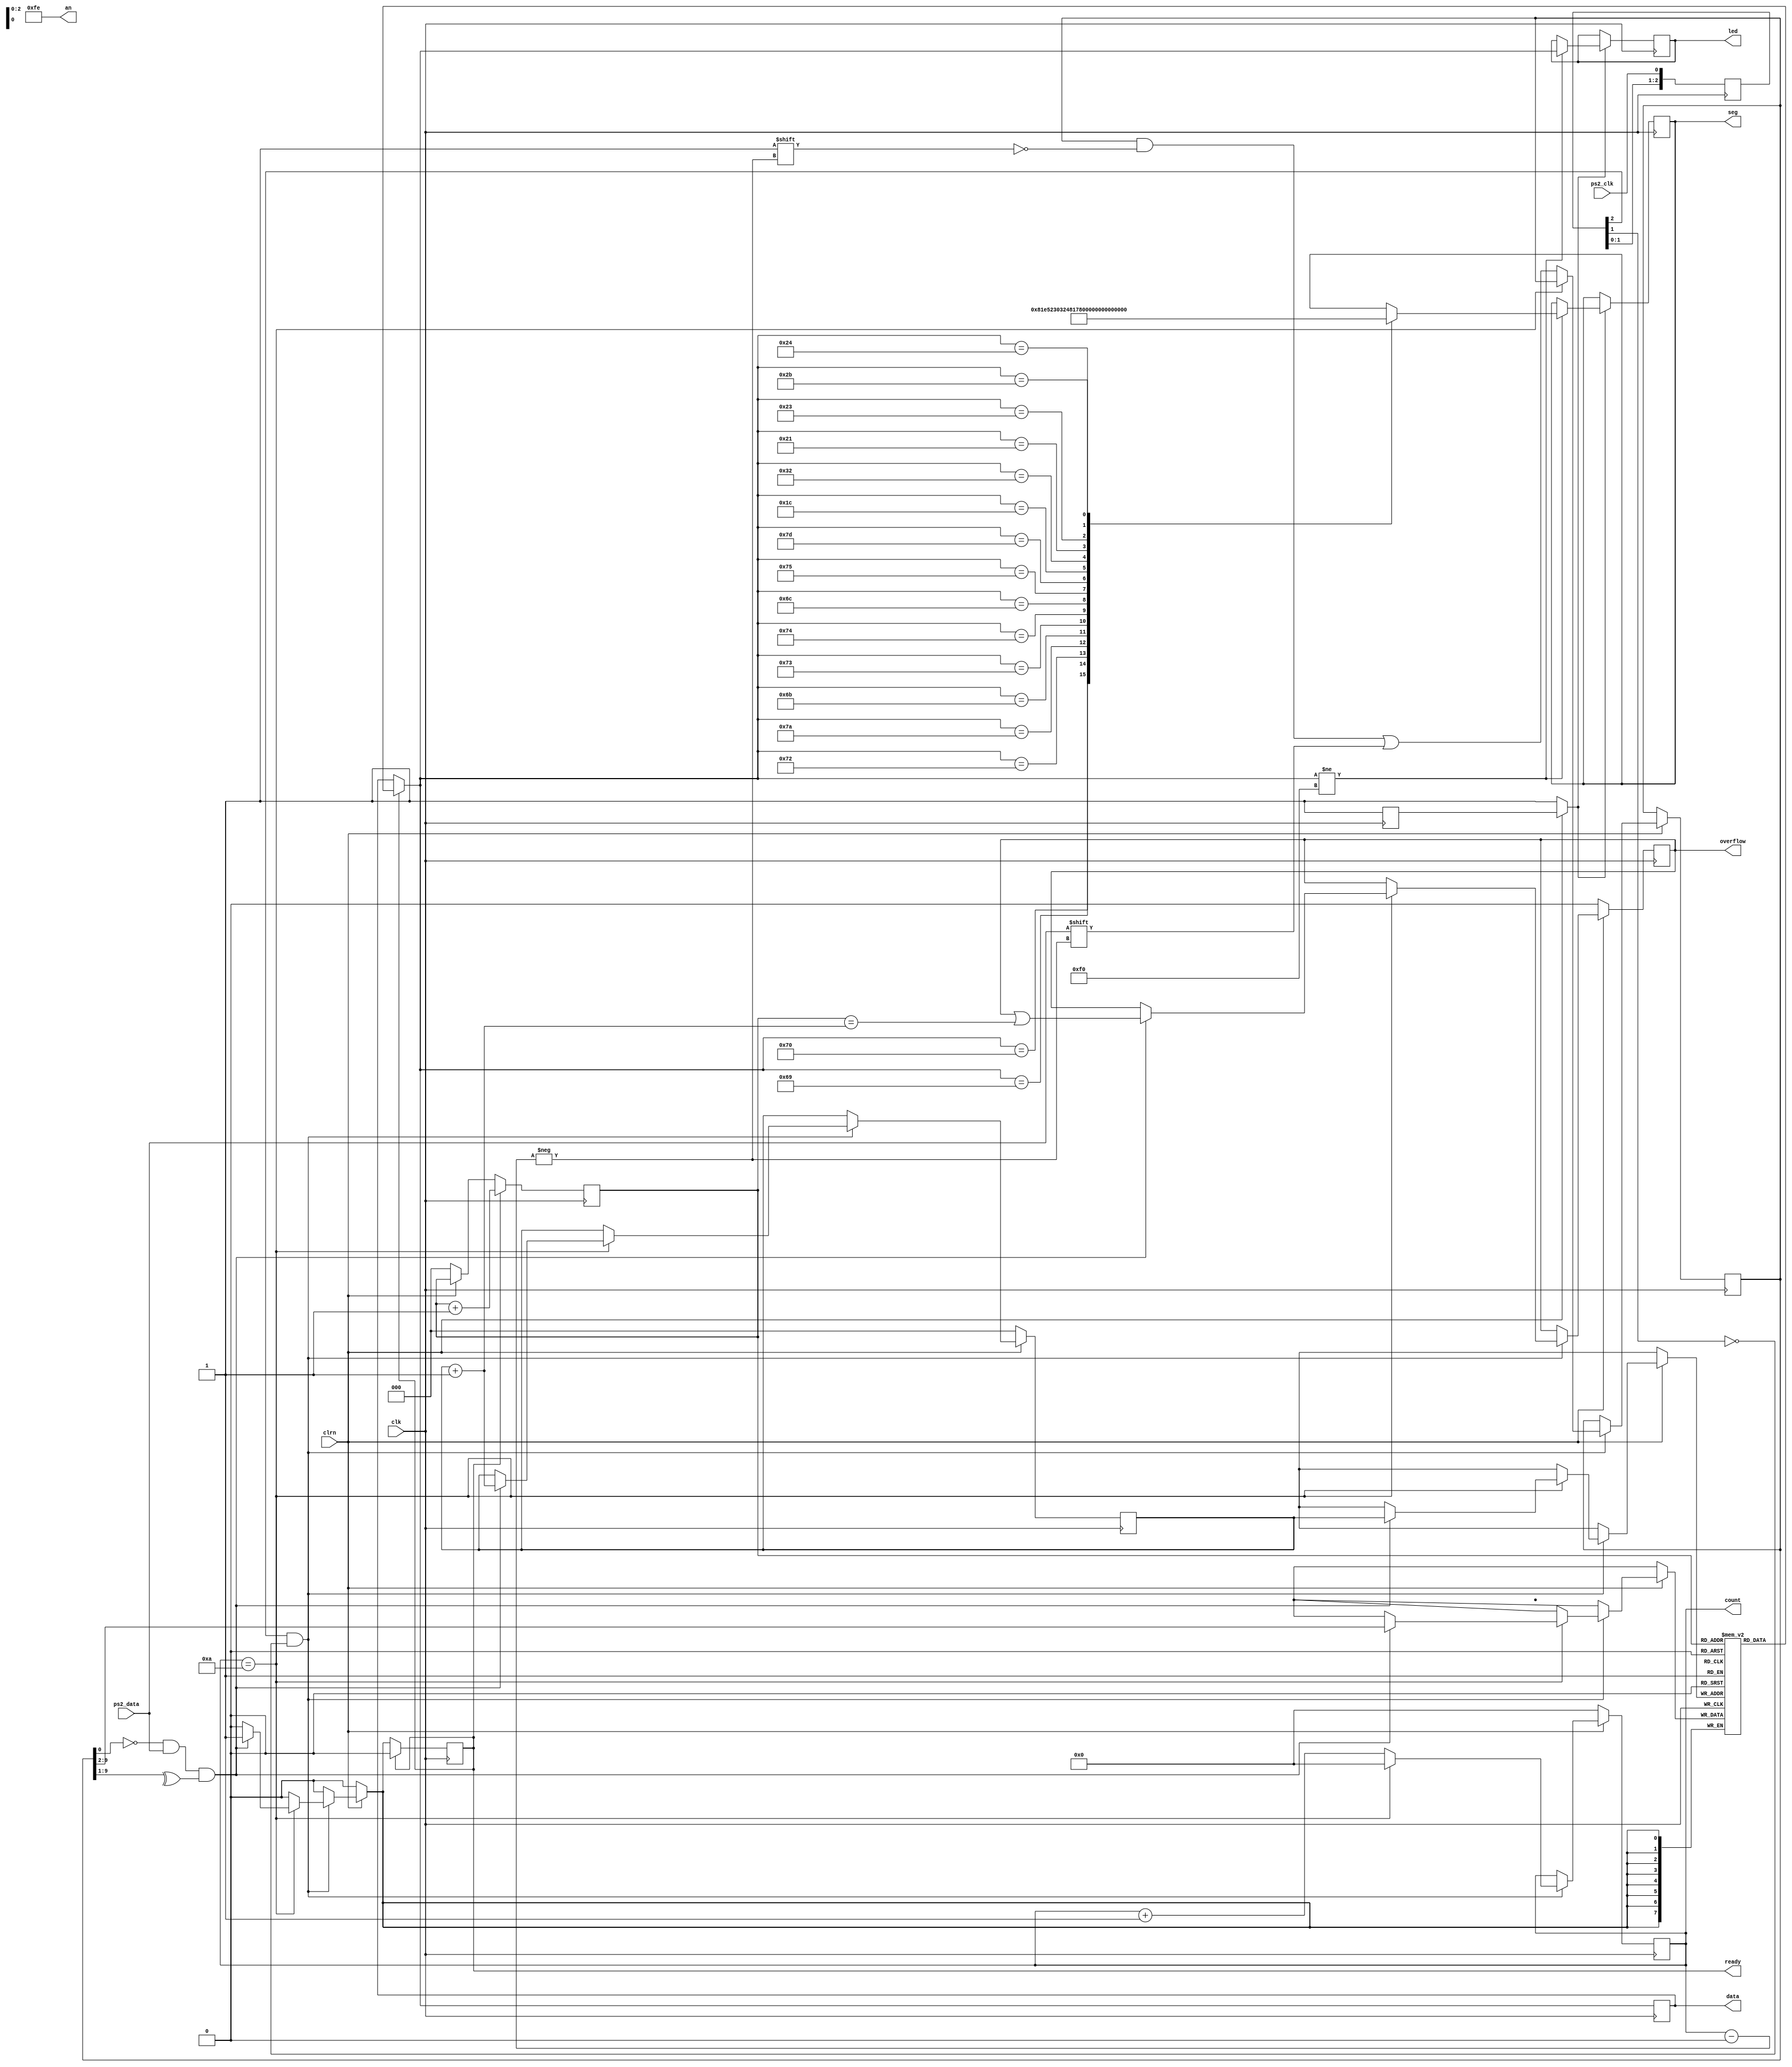
`timescale 1ns / 1ps
//////////////////////////////////////////////////////////////////////////////////
// Company: 
// Engineer: 
// 
// Design Name: 
// Module Name: ps2_keyboard
// Project Name: 
// Target Devices: 
// Tool Versions: 
// Description: 
// 
// Dependencies: 
// 
// Revision:
// Revision 0.01 - File Created
// Additional Comments:
// 
//////////////////////////////////////////////////////////////////////////////////


module ps2_keyboard(clk,clrn,ps2_clk,ps2_data,data,ready,overflow,count,an,seg,led);
input clk,clrn,ps2_clk,ps2_data;
output [7:0] data;
reg [7:0] data;
output reg [6:0] seg;
output reg [7:0] led;
reg mark;
output ready;
reg ready;
output reg overflow; 
output reg [3:0] count; 

reg [9:0] buffer; 
reg [7:0] fifo[7:0]; 
reg [2:0] w_ptr,r_ptr; 

reg [2:0] ps2_clk_sync;
output [7:0] an;
assign an=8'b11111110;
always @ (posedge clk)
begin
ps2_clk_sync <= {ps2_clk_sync[1:0],ps2_clk};
end
wire sampling = ps2_clk_sync[2] & ~ps2_clk_sync[1];
always @ (posedge clk)
begin
if (clrn == 0) 
begin
count <= 0; w_ptr <= 0; r_ptr <= 0; overflow <= 0; mark=1'b1; end
else
if (sampling)
begin
if (count == 4'd10)
begin
if ((buffer[0] == 0) && 
(ps2_data) && 
(^buffer[9:1])) 
begin
fifo[w_ptr] <= buffer[9:2]; 
w_ptr <= w_ptr+3'b1; ready <= 1'b1;
overflow <= overflow | (r_ptr == (w_ptr + 3'b1));
end
count <= 0; 
end
else
begin
buffer[count] <= ps2_data; 
count <= count + 3'b1; end 
end
if ( ready ) 
begin
data = fifo[r_ptr];
r_ptr <= r_ptr + 3'd1;
ready <= 1'b0;
end
   begin 
   if(mark==1'b1)
                  begin
                      if(data==8'hF0)
                      begin
                      mark=1'b0;
                      end//end if(data==8'hF0)
   
                      if(data!=8'hF0)
                      begin
                      led=data;
                         case(data)
                         8'h70:seg=7'b1000000;//0
                         8'h69:seg=7'b1111001;//1
                         8'h72:seg=7'b0100100;//2
                         8'h7A:seg=7'b0110000;//3
                         8'h6B:seg=7'b0011001;//4
                         8'h73:seg=7'b0010010;//5
                         8'h74:seg=7'b0000010;//6
                         8'h6C:seg=7'b1111000;//7
                         8'h75:seg=7'b0000000;//8
                         8'h7D:seg=7'b0010000;//9
                         8'h1C:seg=7'b0001000;//a
                         8'h32:seg=7'b0000011;//b
                         8'h21:seg=7'b0100111;//c
                         8'h23:seg=7'b0100001;//d
                         8'h24:seg=7'b0000110;//e
                         8'h2B:seg=7'b0001110;//f
                         endcase
                      end//end  if(data!=8'hF0)
                  end//end  if(mark==1'b1)
   
                  if(mark==1'b0)
                  begin
                  mark=1'b1;
                  end//end  if(mark==1'b0)
   
        end

   
end
endmodule